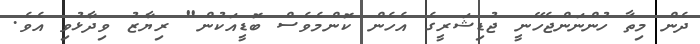
ދެން މިތާ ހުންނަންޖެހޭނީ ޖުޑިޝަރީގެ އެހެން ކޮންމެވެސް ބޮޑީއަކުން" ރިޔާޒު ވިދާޅުވި އެވެ.